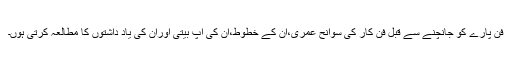
فن پارے کو جانچنے سے قبل فن کار کی سوانح عمری،ان کے خطوط،ان کی آپ بیتی اوران کی یاد داشتوں کا مطالعہ کرتی ہوں۔